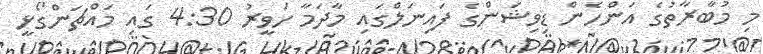
މި މުބާރާތުގެ އަންހެން ޑިވިޝަންގެ ފައިނަލްގައި މާދަމާ ހަވީރު 4:30 ގައި މައްޗަންގޯޅީ